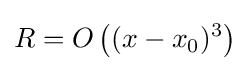
R=O\left((x-x_{0})^{3}\right)